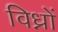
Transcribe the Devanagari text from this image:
विध्नों